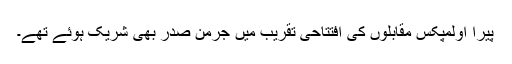
پیرا اولمپکس مقابلوں کی افتتاحی تقریب میں جرمن صدر بھی شریک ہوئے تھے۔